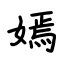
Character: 嫣